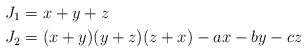
\begin{align*}J_1 &= x+y+z \\J_2 &= (x+y)(y+z)(z+x)-ax-by-cz\end{align*}